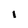
Character: 1